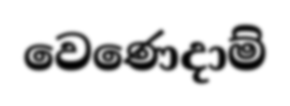
වෙණෙදාම්